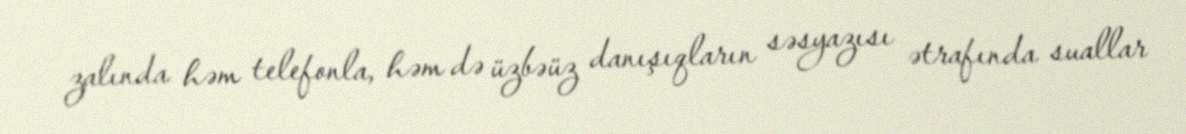
zalında həm telefonla, həm də üzbəüz danışıqların səsyazısı ətrafında suallar